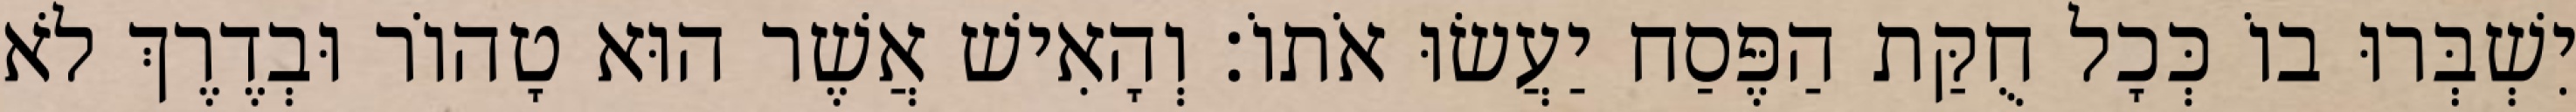
יִשְׁבְּרוּ בוֹ כְּכָל חֻקַּת הַפֶּסַח יַעֲשׂוּ אֹתוֹ׃ וְהָאִישׁ אֲשֶׁר הוּא טָהוֹר וּבְדֶרֶךְ לֹא